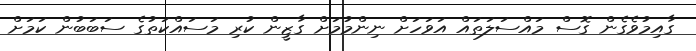
ގާއިމުވެގެން ގޮސް މައްސަލަތައް އަވަހަށް ނިންމުމަށް ގާޒީން ކުރި މަސައްކަތުގެ ސަބަބުން ކަމަށް